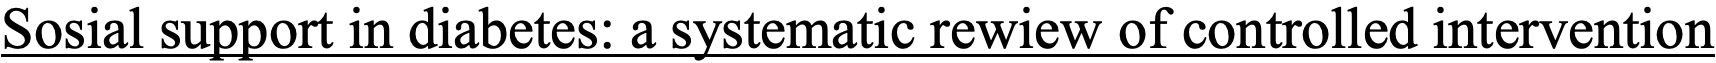
Sosial support in diabetes: a systematic rewiew of controlled intervention